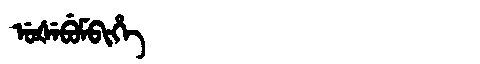
Manchu: ᡠᡧᡝᠪᡠᠮᠪᡳᡥᡝ
Romanization: UŠEBUMBIHE